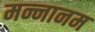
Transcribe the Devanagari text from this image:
मन्नानम